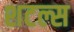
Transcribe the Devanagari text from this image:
शटल्स